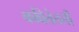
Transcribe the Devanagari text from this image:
कवितेतली